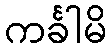
ကင်္ခါမိ